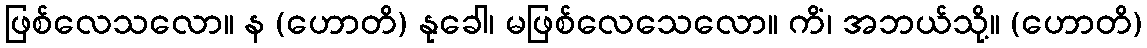
ဖြစ်လေသလော။ န (ဟောတိ) နုခေါ၊ မဖြစ်လေသေလော။ ကိံ၊ အဘယ်သို့။ (ဟောတိ)